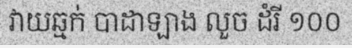
វាយឆ្មក់ បាដាឡាង លួច ដំរី ១០០